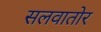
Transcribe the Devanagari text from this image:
सलवातोर